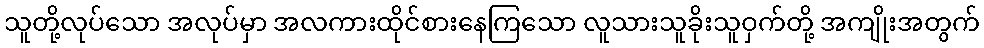
သူတို့လုပ်သော အလုပ်မှာ အလကားထိုင်စားနေကြသော လူသားသူခိုးသူဝှက်တို့ အကျိုးအတွက်